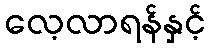
လေ့လာရန်နှင့်